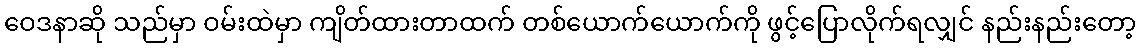
ဝေဒနာဆို သည်မှာ ဝမ်းထဲမှာ ကျိတ်ထားတာထက် တစ်ယောက်ယောက်ကို ဖွင့်ပြောလိုက်ရလျှင် နည်းနည်းတော့